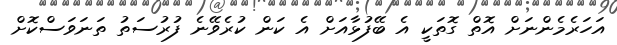
އަހަރެމެންނަށް އޮތް ގޮތަކީ އެ ބޭފުޅާއަށް އެ ކަން ކުރެވޭނެ ފުރުސަތު ތަނަވަސްކޮށް